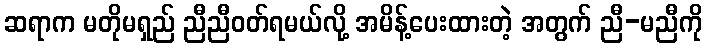
ဆရာက မတိုမရှည် ညီညီဝတ်ရမယ်လို့ အမိန့်ပေးထားတဲ့ အတွက် ညီ-မညီကို